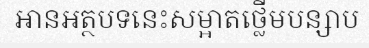
អានអត្ថបទនេះសម្អាតថ្លើមបន្សាប